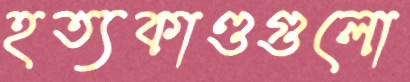
হত্যকাণ্ডগুলো